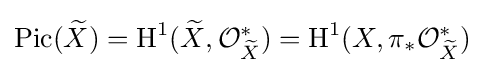
\operatorname {Pic} ({\widetilde {X}})=\operatorname {H} ^{1}({\widetilde {X}},{\mathcal {O}}_{\widetilde {X}}^{*})=\operatorname {H} ^{1}(X,\pi _{*}{\mathcal {O}}_{\widetilde {X}}^{*})